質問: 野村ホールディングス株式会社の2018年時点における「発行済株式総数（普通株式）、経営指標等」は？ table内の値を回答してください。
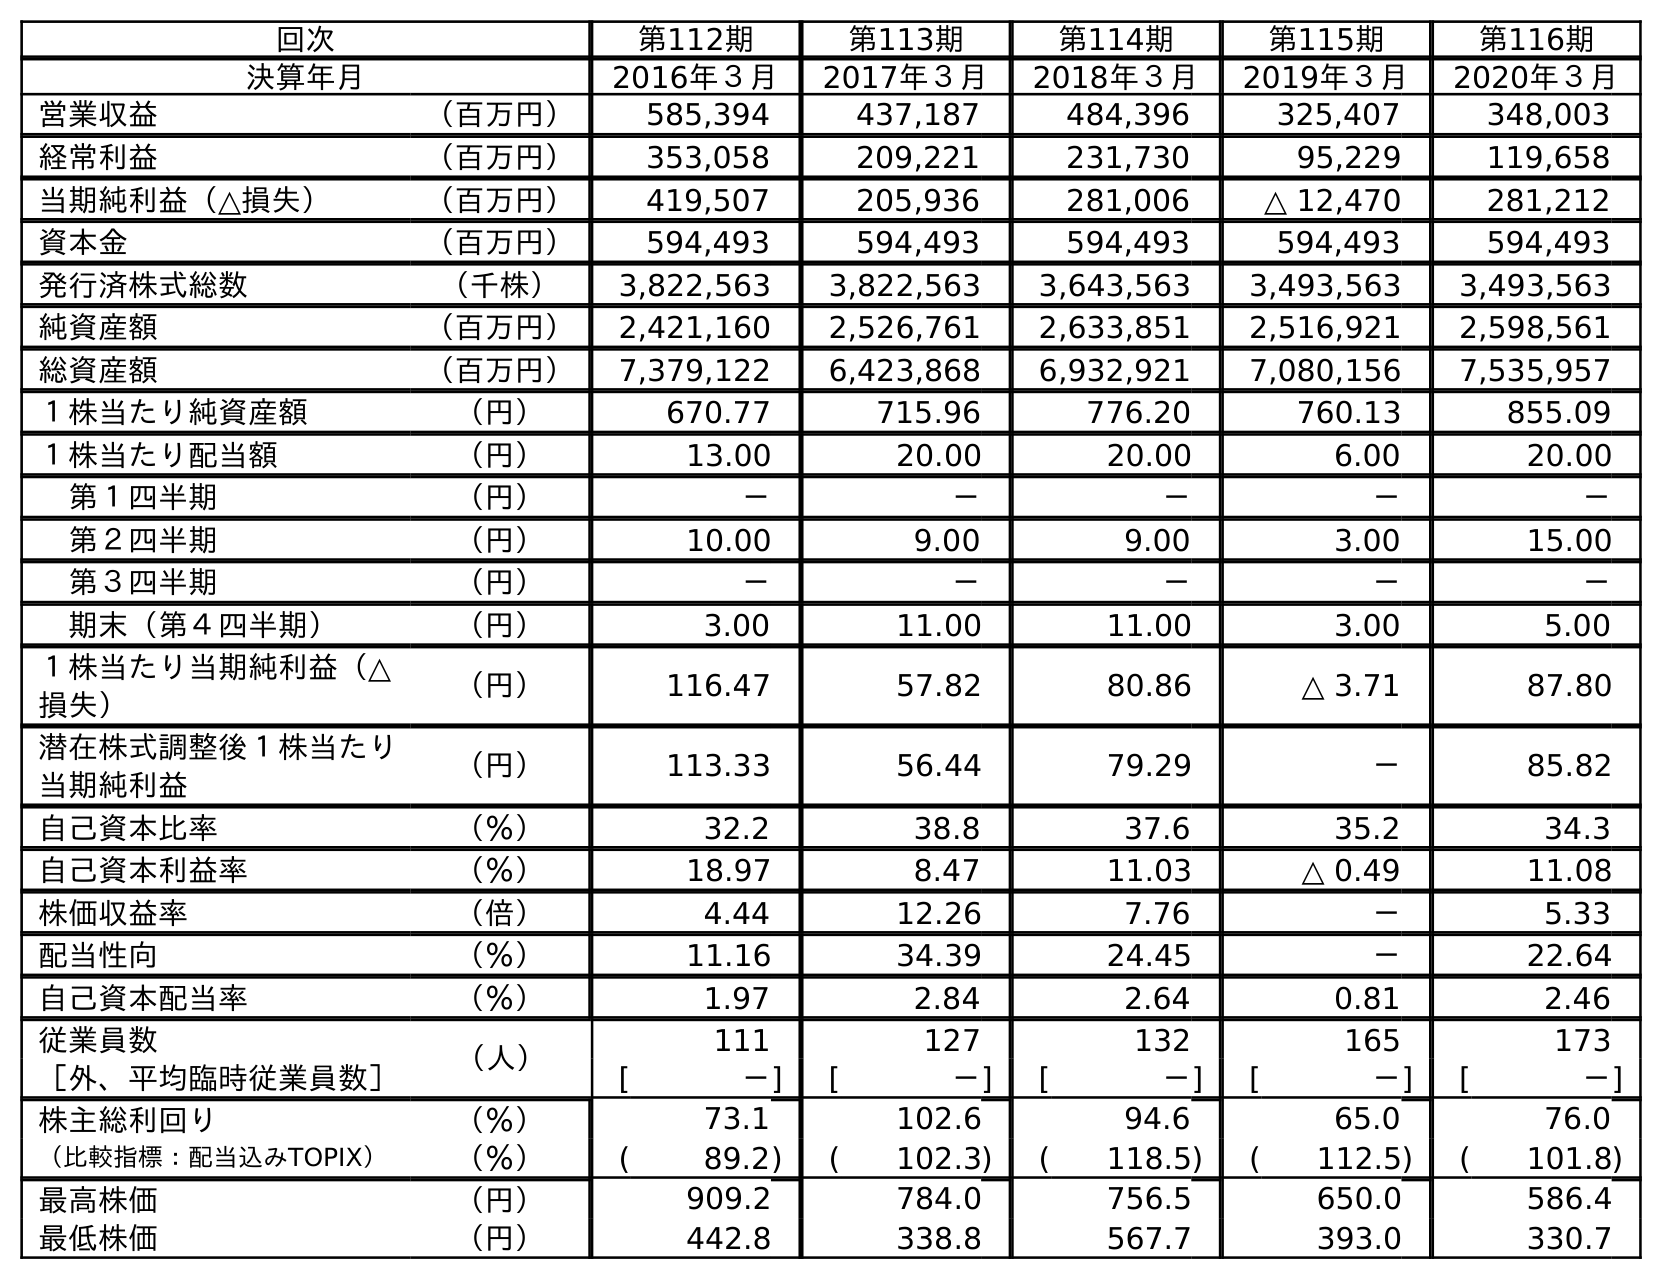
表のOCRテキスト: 回次 第112期 第113期 第114期 第115期 第116期 決算年月 2016年３月 2017年３月 2018年３月 2019年３月 2020年３月 営業収益 （百万円） 585,394 437,187 484,396 325,407 348,003 経常利益 （百万円） 353,058 209,221 231,730 95,229 119,658 当期純利益（△損失） （百万円） 419,507 205,936 281,006 △ 12,470 281,212 資本金 （百万円） 594,493 594,493 594,493 594,493 594,493 発行済株式総数 （千株） 3,822,563 3,822,563 3,643,563 3,493,563 3,493,563 純資産額 （百万円） 2,421,160 2,526,761 2,633,851 2,516,921 2,598,561 総資産額 （百万円） 7,379,122 6,423,868 6,932,921 7,080,156 7,535,957 １株当たり純資産額 （円） 670.77 715.96 776.20 760.13 855.09 １株当たり配当額 （円） 13.00 20.00 20.00 6.00 20.00 第１四半期 （円） － － － － － 第２四半期 （円） 10.00 9.00 9.00 3.00 15.00 第３四半期 （円） － － － － － 期末（第４四半期） （円） 3.00 11.00 11.00 3.00 5.00 １株当たり当期純利益（△ 損失） （円） 116.47 57.82 80.86 △ 3.71 87.80 潜在株式調整後１株当たり 当期純利益 （円） 113.33 56.44 79.29 － 85.82 自己資本比率 （％） 32.2 38.8 37.6 35.2 34.3 自己資本利益率 （％） 18.97 8.47 11.03 △ 0.49 11.08 株価収益率 （倍） 4.44 12.26 7.76 － 5.33 配当性向 （％） 11.16 34.39 24.45 － 22.64 自己資本配当率 （％） 1.97 2.84 2.64 0.81 2.46 従業員数 （人） 111 127 132 165 173 ［外、平均臨時従業員数］ [ －] [ －] [ －] [ －] [ －] 株主総利回り （％） 73.1 102.6 94.6 65.0 76.0 （比較指標：配当込みTOPIX） （％） ( 89.2) ( 102.3) ( 118.5) ( 112.5) ( 101.8) 最高株価 （円） 909.2 784.0 756.5 650.0 586.4 最低株価 （円） 442.8 338.8 567.7 393.0 330.7
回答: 3,643,563